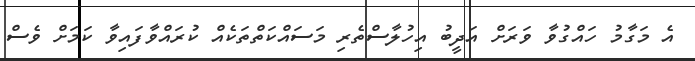
އެ މަގާމު ހައްގުވާ ވަރަށް އަދީބު އިހުލާސްތެރި މަސައްކަތްތަކެއް ކުރައްވާފައިވާ ކަމަށް ވެސް